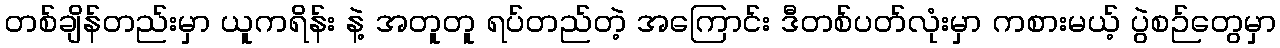
တစ်ချိန်တည်းမှာ ယူကရိန်း နဲ့ အတူတူ ရပ်တည်တဲ့ အကြောင်း ဒီတစ်ပတ်လုံးမှာ ကစားမယ့် ပွဲစဉ်တွေမှာ